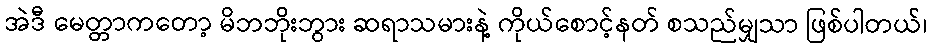
အဲဒီ မေတ္တာကတော့ မိဘဘိုးဘွား ဆရာသမားနဲ့ ကိုယ်စောင့်နတ် စသည်မျှသာ ဖြစ်ပါတယ်၊